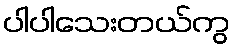
ပါပါသေးတယ်ကွ